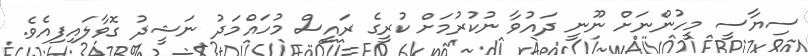
ސިޔާސީ މީހުންނަށް ނޫނީ ދައުވާ ނުކުރުމަށް ކުރީގެ ރައީސް މުހައްމަދު ނަޝީދު ގޮވާލައިފިއެވެ.